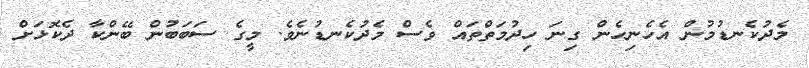
މެދުކެނޑުމުން އެހެނިހެން ގިނަ ހިދުމަތްތައް ވެސް މެދުކެނޑުނެވެ. މީގެ ސަބަބުން ބޭންކާ ދެކޮޅަށް